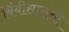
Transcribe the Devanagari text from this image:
बिंबीसारांची